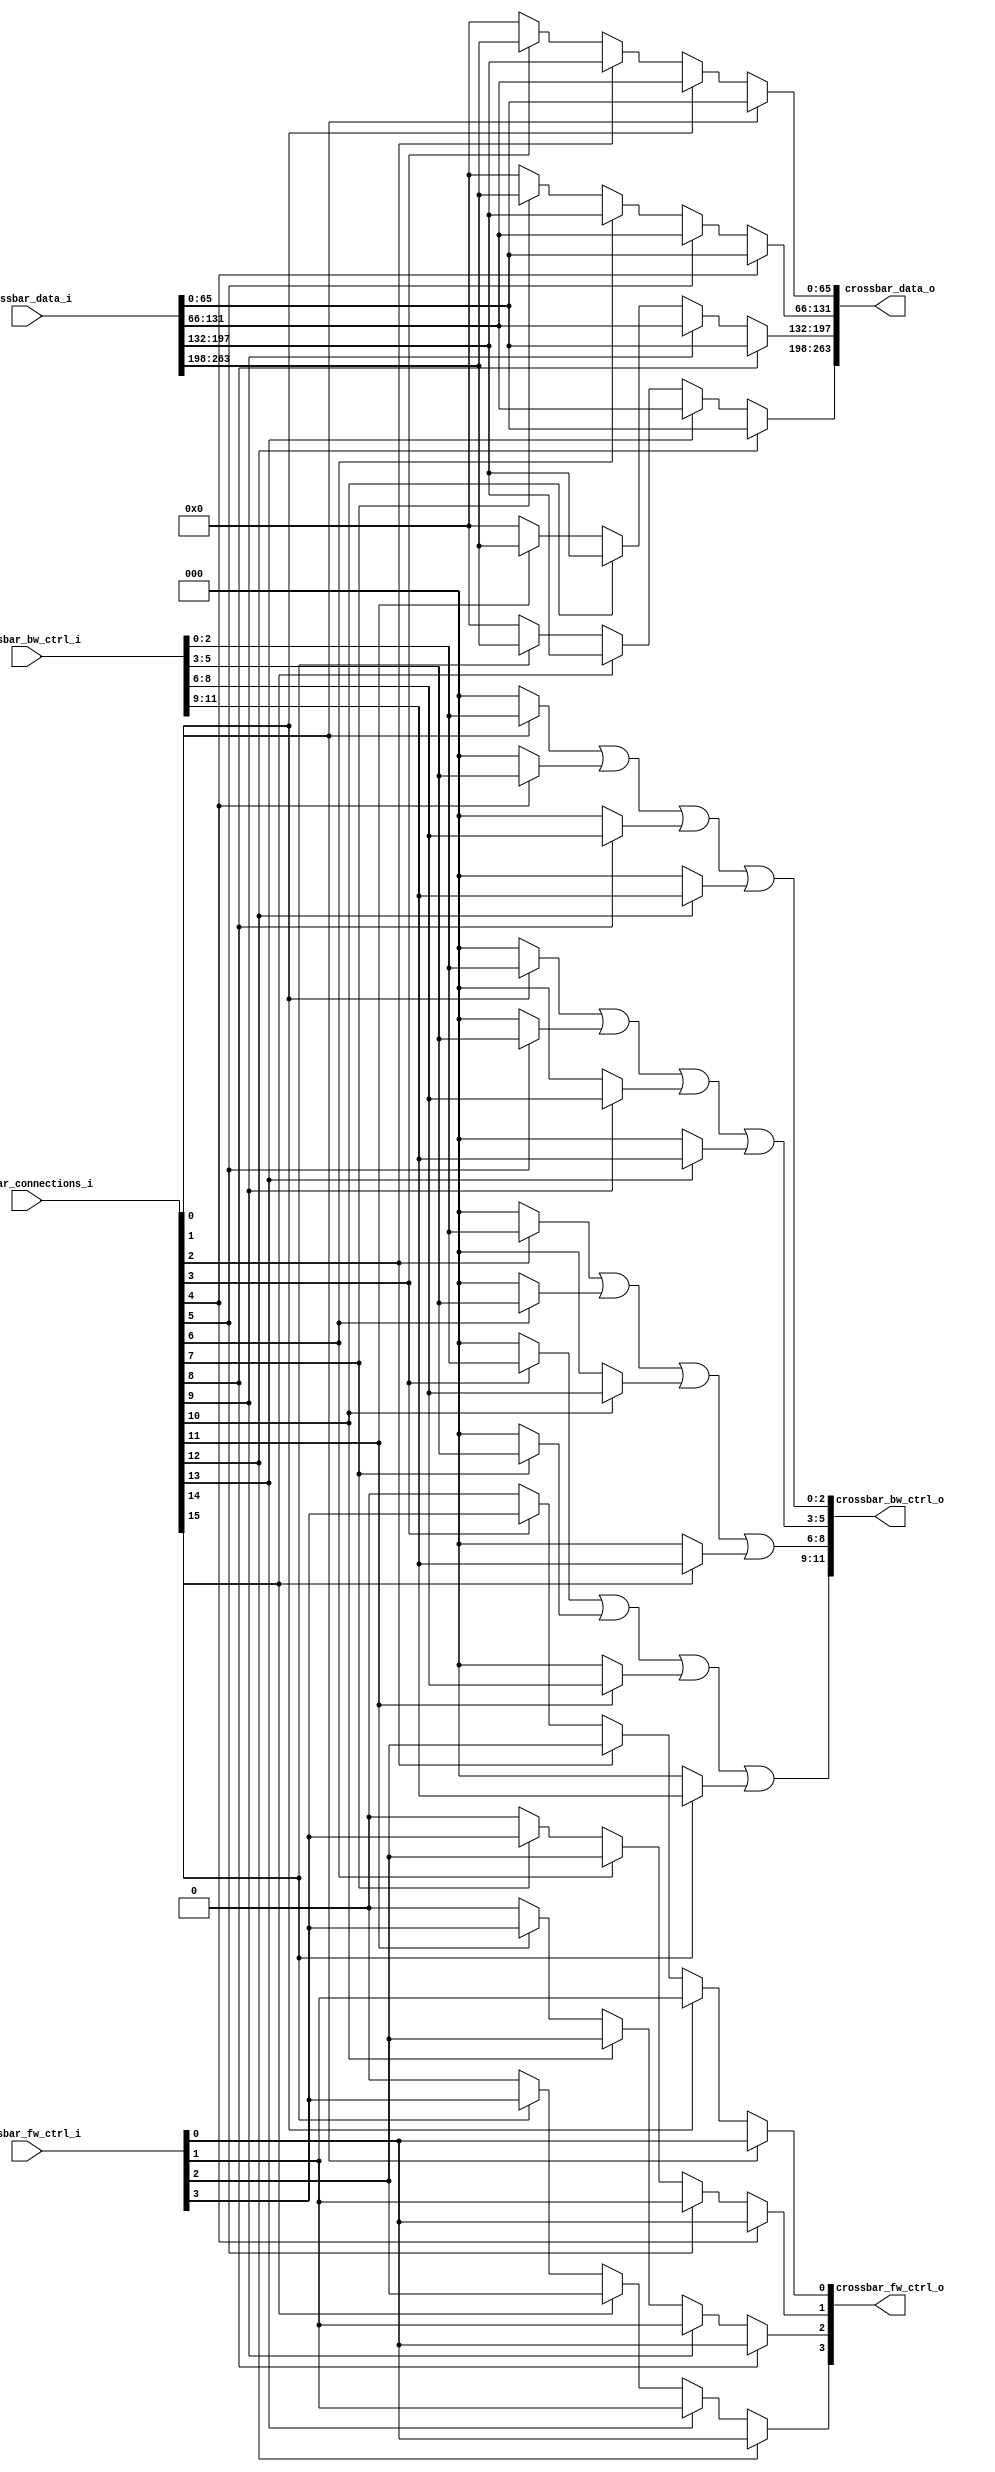
`timescale 1ns / 10ps
 
module Crossbar
#(
parameter	DATAW			=	66,
parameter	PORTS			=	4,
parameter	CONNECTIONW		=	16,
parameter	FWCTRLW			=	1,
parameter	BWCTRLW			=	3
)
(
//Inputs
input	[CONNECTIONW-1:0]		crossbar_connections_i,//?? ?
input	[PORTS*FWCTRLW-1:0]		crossbar_fw_ctrl_i,//??
input	[PORTS*BWCTRLW-1:0]		crossbar_bw_ctrl_i,//?pack suspend cancel
input	[PORTS*DATAW-1:0]		crossbar_data_i,// 
//Outputs
output	[PORTS*FWCTRLW-1:0]		crossbar_fw_ctrl_o,//??
output	[PORTS*BWCTRLW-1:0]		crossbar_bw_ctrl_o,//?? pack suspend cancel
output	[PORTS*DATAW-1:0]		crossbar_data_o//?330 

);

//FSM0 output
assign	crossbar_data_o[DATAW-1:0]			=	crossbar_connections_i[0]?crossbar_data_i[DATAW-1:0]			://000-650-65?
												crossbar_connections_i[1]?crossbar_data_i[DATAW*2-1:DATAW]	    ://100-6566-129?
												crossbar_connections_i[2]?crossbar_data_i[DATAW*3-1:DATAW*2]	:
												crossbar_connections_i[3]?crossbar_data_i[DATAW*4-1:DATAW*3]	:	{DATAW{1'b0}};													
//FSM1 output											
assign	crossbar_data_o[DATAW*2-1:DATAW]	=	crossbar_connections_i[4]?crossbar_data_i[DATAW-1:0]			:
												crossbar_connections_i[5]?crossbar_data_i[DATAW*2-1:DATAW]	    :
												crossbar_connections_i[6]?crossbar_data_i[DATAW*3-1:DATAW*2]	:
												crossbar_connections_i[7]?crossbar_data_i[DATAW*4-1:DATAW*3]	:	{DATAW{1'b0}};													
//FSM2 ouput
assign	crossbar_data_o[DATAW*3-1:DATAW*2]	=	crossbar_connections_i[8]?crossbar_data_i[DATAW-1:0]			:
												crossbar_connections_i[9]?crossbar_data_i[DATAW*2-1:DATAW]		:
												crossbar_connections_i[10]?crossbar_data_i[DATAW*3-1:DATAW*2]	:
												crossbar_connections_i[11]?crossbar_data_i[DATAW*4-1:DATAW*3]	:	{DATAW{1'b0}};	
//FSM3 ouput
assign	crossbar_data_o[DATAW*4-1:DATAW*3]	=	crossbar_connections_i[12]?crossbar_data_i[DATAW-1:0]			:
												crossbar_connections_i[13]?crossbar_data_i[DATAW*2-1:DATAW]		:
												crossbar_connections_i[14]?crossbar_data_i[DATAW*3-1:DATAW*2]	:
												crossbar_connections_i[15]?crossbar_data_i[DATAW*4-1:DATAW*3]	:	{DATAW{1'b0}};												

//OUTPUT OF CROSSBAR_FW_CTRL_O
assign	crossbar_fw_ctrl_o[0]	=	crossbar_connections_i[0]	?	crossbar_fw_ctrl_i[0]	://0
									crossbar_connections_i[1]	?	crossbar_fw_ctrl_i[1]	:
									crossbar_connections_i[2]	?	crossbar_fw_ctrl_i[2]	:	
									crossbar_connections_i[3]	?	crossbar_fw_ctrl_i[3]	:	1'b0;									
								
assign	crossbar_fw_ctrl_o[1]	=	crossbar_connections_i[4]	?	crossbar_fw_ctrl_i[0]	:
									crossbar_connections_i[5]	?	crossbar_fw_ctrl_i[1]	:
									crossbar_connections_i[6]	?	crossbar_fw_ctrl_i[2]	:	
									crossbar_connections_i[7]	?	crossbar_fw_ctrl_i[3]	:	1'b0;										

assign	crossbar_fw_ctrl_o[2]	=	crossbar_connections_i[8]	?	crossbar_fw_ctrl_i[0]	:
									crossbar_connections_i[9]	?	crossbar_fw_ctrl_i[1]	:
									crossbar_connections_i[10]	?	crossbar_fw_ctrl_i[2]	:	
									crossbar_connections_i[11]	?	crossbar_fw_ctrl_i[3]	:	1'b0;									

assign	crossbar_fw_ctrl_o[3]	=	crossbar_connections_i[12]	?	crossbar_fw_ctrl_i[0]	:
									crossbar_connections_i[13]	?	crossbar_fw_ctrl_i[1]	:
									crossbar_connections_i[14]	?	crossbar_fw_ctrl_i[2]	:
									crossbar_connections_i[15]	?	crossbar_fw_ctrl_i[3]	:	1'b0;
									
//OUTPUT OF CROSSBAR_BW_CTRL_O
assign	crossbar_bw_ctrl_o[BWCTRLW-1:0]				=	 (crossbar_connections_i[0]		?   crossbar_bw_ctrl_i[BWCTRLW-1:0]				:{BWCTRLW{1'b0}})
														|(crossbar_connections_i[4]		?   crossbar_bw_ctrl_i[BWCTRLW*2-1:BWCTRLW]		:{BWCTRLW{1'b0}})
														|(crossbar_connections_i[8]		?   crossbar_bw_ctrl_i[BWCTRLW*3-1:BWCTRLW*2]	:{BWCTRLW{1'b0}})
														|(crossbar_connections_i[12]	?   crossbar_bw_ctrl_i[BWCTRLW*4-1:BWCTRLW*3]	:{BWCTRLW{1'b0}});
													
assign	crossbar_bw_ctrl_o[BWCTRLW*2-1:BWCTRLW]		=	 (crossbar_connections_i[1]	 	?	crossbar_bw_ctrl_i[BWCTRLW-1:0]				:{BWCTRLW{1'b0}})
														|(crossbar_connections_i[5]		?	crossbar_bw_ctrl_i[BWCTRLW*2-1:BWCTRLW]		:{BWCTRLW{1'b0}})
														|(crossbar_connections_i[9]		?	crossbar_bw_ctrl_i[BWCTRLW*3-1:BWCTRLW*2]	:{BWCTRLW{1'b0}})
														|(crossbar_connections_i[13]	?   crossbar_bw_ctrl_i[BWCTRLW*4-1:BWCTRLW*3]	:{BWCTRLW{1'b0}});
                                                       
assign	crossbar_bw_ctrl_o[BWCTRLW*3-1:BWCTRLW*2]	=	 (crossbar_connections_i[2]		?	crossbar_bw_ctrl_i[BWCTRLW-1:0]				:{BWCTRLW{1'b0}})
														|(crossbar_connections_i[6]		?	crossbar_bw_ctrl_i[BWCTRLW*2-1:BWCTRLW]		:{BWCTRLW{1'b0}})
														|(crossbar_connections_i[10]	?	crossbar_bw_ctrl_i[BWCTRLW*3-1:BWCTRLW*2]	:{BWCTRLW{1'b0}})
														|(crossbar_connections_i[14]	?   crossbar_bw_ctrl_i[BWCTRLW*4-1:BWCTRLW*3]	:{BWCTRLW{1'b0}});
 
assign	crossbar_bw_ctrl_o[BWCTRLW*4-1:BWCTRLW*3]	=	 (crossbar_connections_i[3]		?	crossbar_bw_ctrl_i[BWCTRLW-1:0]				:{BWCTRLW{1'b0}})
														|(crossbar_connections_i[7]		?	crossbar_bw_ctrl_i[BWCTRLW*2-1:BWCTRLW]		:{BWCTRLW{1'b0}})
														|(crossbar_connections_i[11]	?	crossbar_bw_ctrl_i[BWCTRLW*3-1:BWCTRLW*2]	:{BWCTRLW{1'b0}})
														|(crossbar_connections_i[15]	?	crossbar_bw_ctrl_i[BWCTRLW*4-1:BWCTRLW*3]	:{BWCTRLW{1'b0}});
														 
endmodule